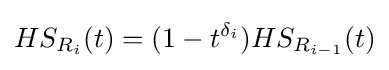
HS_{R_{i}}(t)=(1-t^{\delta _{i}})HS_{R_{i-1}}(t)